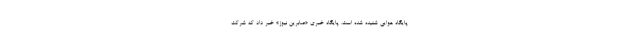
پایگاه هوایی شنیده شده است. پایگاه خبری «صابرین نیوز» خبر داد که شرکت